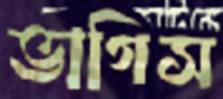
ভাগিস